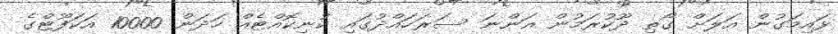
ޅައިމަގުން އަލަށް ގޯތި ދޫކުރަމުން އަންނަ ސަރަހައްދުގައި ކުނިކޮއްޓެއް ހަދަން 10000 އަކަފޫޓްގެ